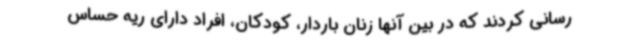
رسانی کردند که در بین آنها زنان باردار، کودکان، افراد دارای ریه حساس